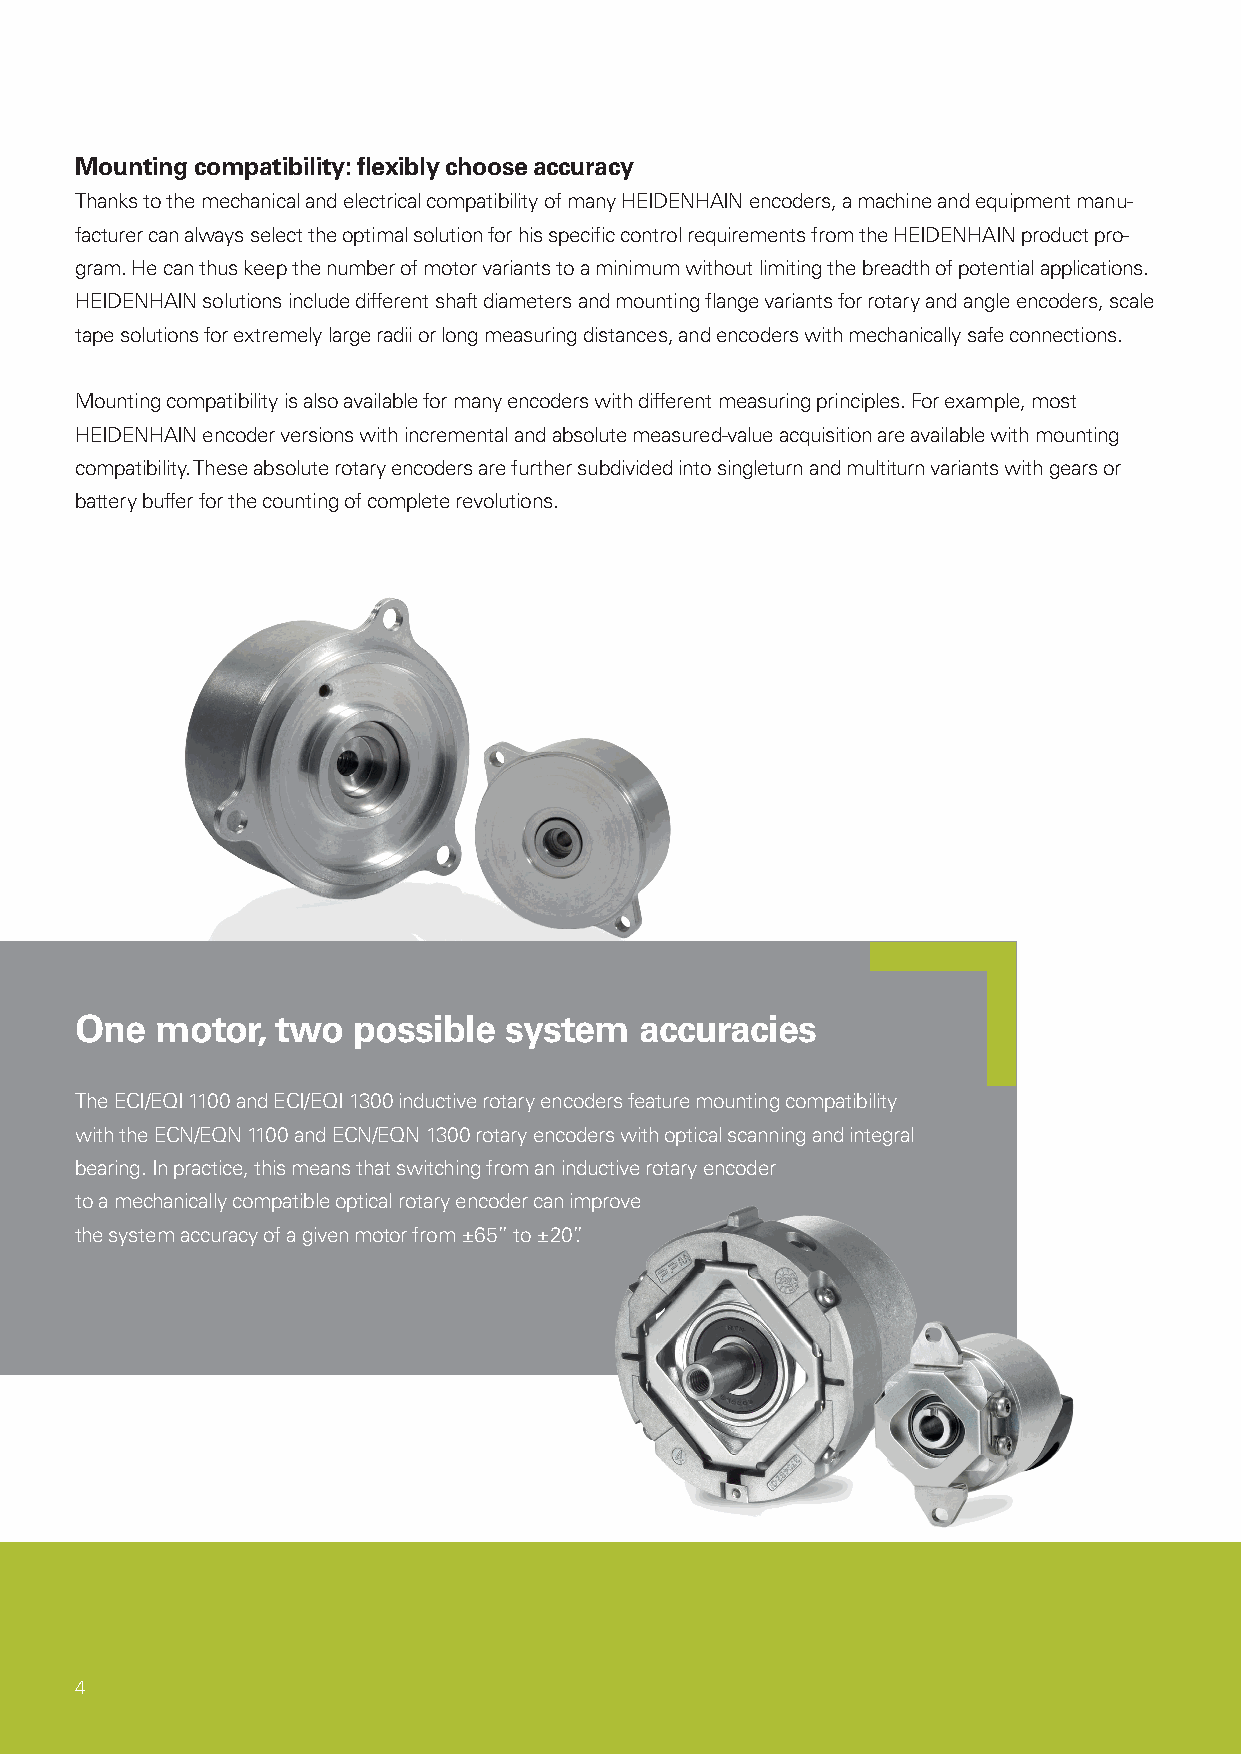
Mounting compatibility: flexibly choose accuracy
 Thanks to the mechanical and electrical compatibility of many HEIDENHAIN encoders, a machine and equipment manu-
 facturer can always select the optimal solution for his specific control requirements from the HEIDENHAIN product pro-
 gram. He can thus keep the number of motor variants to a minimum without limiting the breadth of potential applications.
 HEIDENHAIN solutions include different shaft diameters and mounting flange variants for rotary and angle encoders, scale
 tape solutions for extremely large radii or long measuring distances, and encoders with mechanically safe connections.
 Mounting compatibility is also available for many encoders with different measuring principles. For example, most
 HEIDENHAIN encoder versions with incremental and absolute measured-value acquisition are available with mounting
 compatibility. These absolute rotary encoders are further subdivided into singleturn and multiturn variants with gears or
 battery buffer for the counting of complete revolutions.
 One  motor,  two  possible  system   accuracies
 The ECI/EQI 1100 and ECI/EQI 1300 inductive rotary encoders feature mounting compatibility
 with the ECN/EQN 1100 and ECN/EQN 1300 rotary encoders with optical scanning and integral
 bearing. In practice, this means that switching from an inductive rotary encoder
 to a mechanically compatible optical rotary encoder can improve
 the system accuracy of a given motor from ±65” to ±20”.
 4